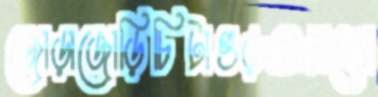
জোড়াজোড়িচিটাগুড়অক্সফো